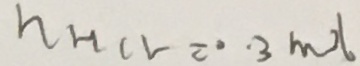
n H C I = 0 . 3 m o l